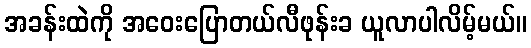
အခန်းထဲကို အဝေးပြောတယ်လီဖုန်းခ ယူလာပါလိမ့်မယ်။